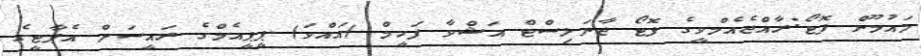
މައުމޫން ފޮޓޯ:ރާއްޖެއެމްވީގެ ފޮޓޯ ޖާނަލިސްޓް އަޝްވާ ފަހީމް (އައްވަ) ޕީޕީއެމްގެ ރައީސަށް އެޕާޓީގެ